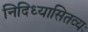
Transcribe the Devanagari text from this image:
निदिध्यासितव्यः